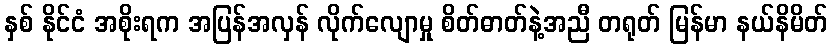
နှစ် နိုင်ငံ အစိုးရက အပြန်အလှန် လိုက်လျောမှု စိတ်ဓာတ်နဲ့အညီ တရုတ် မြန်မာ နယ်နိမိတ်